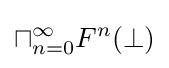
\sqcap _{n=0}^{\infty }F^{n}(\bot )